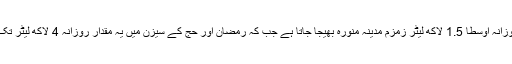
عام دنوں میں روزانہ اوسطا 1.5 لاکھ لیٹر زمزم مدینہ منورہ بھیجا جاتا ہے جب کہ رمضان اور حج کے سیزن میں یہ مقدار روزانہ 4 لاکھ لیٹر تک پہنچ جاتی ہے۔